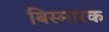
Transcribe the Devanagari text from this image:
बिस्मारक